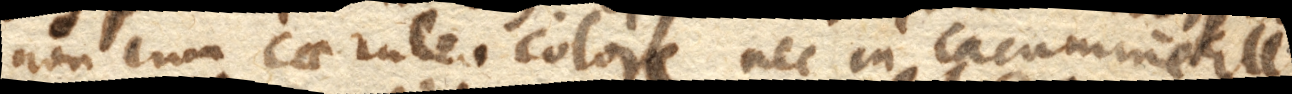
non cum caeruleo colore nec in cacumine Elly–